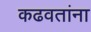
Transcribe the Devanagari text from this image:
कढवतांना